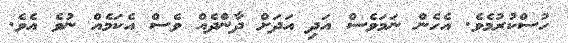
ހުސްކުރުމެވެ. އެހެން ނަމަވެސް އަދި އަދަށް ދާންދެއް ވެސް އެކަމެއް ނުވެ އެވެ.